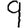
Digit: 9